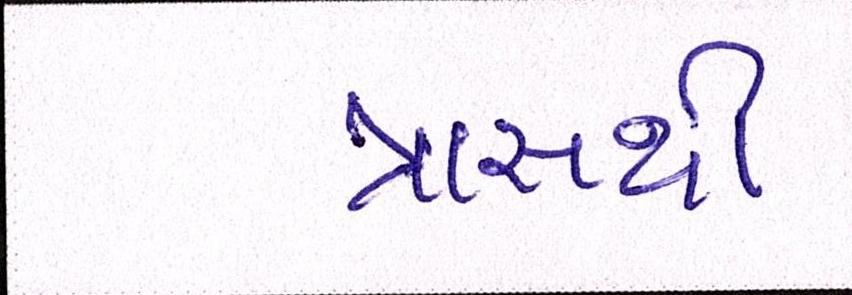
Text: ત્રાસથી